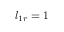
l _ { 1 r } = 1